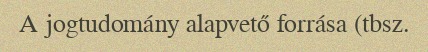
A jogtudomány alapvető forrása (tbsz.